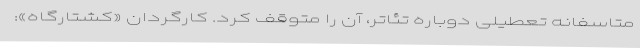
متاسفانه تعطیلی‌ دوباره تئاتر، آن را متوقف کرد. کارگردان «کشتارگاه»: